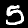
Label: 5